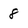
Character: 8